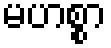
မဟစ္စာ